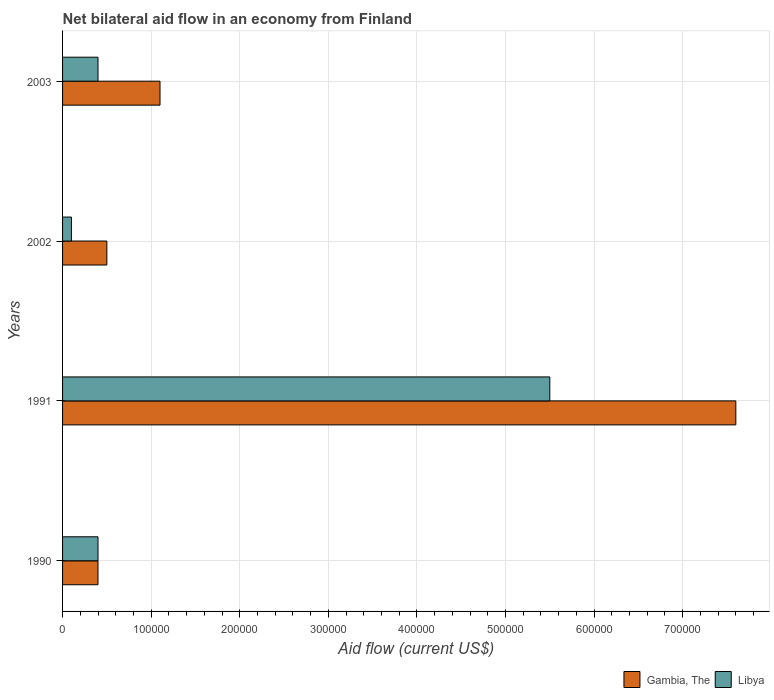
| Years | Gambia, The | Libya |
 | --- | --- | --- |
 | 1990 | 4e+04 | 4e+04 |
 | 1991 | 7.6e+05 | 5.5e+05 |
 | 2002 | 5e+04 | 1e+04 |
 | 2003 | 1.1e+05 | 4e+04 |